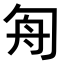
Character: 𠣘